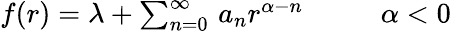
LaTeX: \begin{array}{cc}{{f(r)=\lambda+\sum_{n=0}^{\infty}\, a_{n}r^{\alpha-n}~~~~~}}&{{~~\alpha<0}}\end{array}